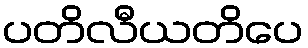
ပတိလီယတိပေ